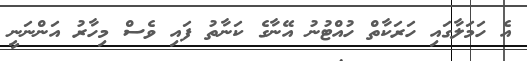
އެ ހަމަލާގައި ހަރަކާތް ހުއްޓުނު އޭނާގެ ކަނާތު ފައި ވެސް މިހާރު އަންނަނީ